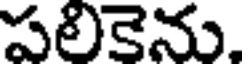
పలికెను.